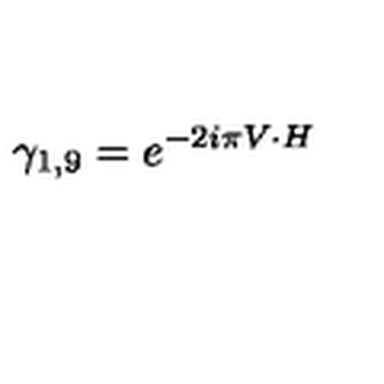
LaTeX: \gamma _ { 1 , 9 } = e ^ { - 2 i \pi V \cdot H }